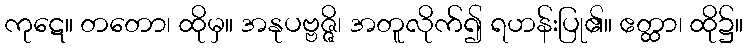
ကုဋေ။ တတော၊ ထိုမှ။ အနုပဗ္ဗဇ္ဇိ၊ အတူလိုက်၍ ရဟန်းပြု၏။ ဧတ္ထာ၊ ထို၌။